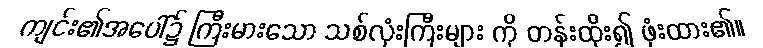
ကျင်း၏အပေါ်၌ ကြီးမားသော သစ်လုံးကြီးများ ကို တန်းထိုး၍ ဖုံးထား၏။